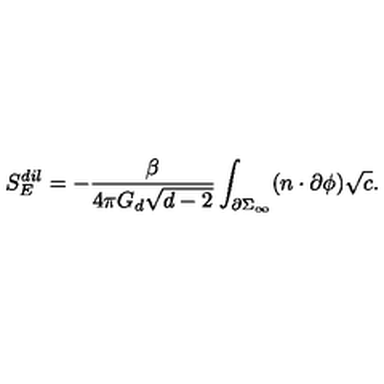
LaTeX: S _ { E } ^ { d i l } = - \frac { \beta } { 4 \pi G _ { d } \sqrt { d - 2 } } \int _ { \partial \Sigma _ { \infty } } ( n \cdot \partial \phi ) \sqrt { c } .